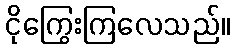
ငိုကြွေးကြလေသည်။